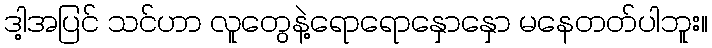
ဒါ့အပြင် သင်ဟာ လူတွေနဲ့ရောရောနှောနှော မနေတတ်ပါဘူး။